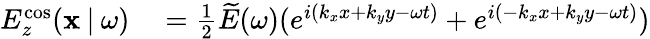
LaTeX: \begin{array}{rl}{E_{z}^{\mathrm{cos}}(\mathbf{x}\: |\: \omega)}&{{}=\frac{1}{2}\widetilde{E}(\omega)(e^{i(k_{x}x+k_{y}y-\omega t)}+e^{i(-k_{x}x+k_{y}y-\omega t)})}\end{array}